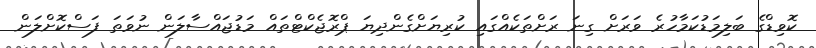
ކޮވިޑްގެ ބަލިމަޑުކަމާހުރެ ވަރަށް ގިނަ ރަށްތަކެއްގައި ކުރިޔަށްގެންދިޔަ ޕްރޮޖެކްޓްތައް މަޑުޖައްސާލަން ނުވަތަ ފަސްކޮށްލަން